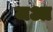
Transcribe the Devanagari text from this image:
जआ